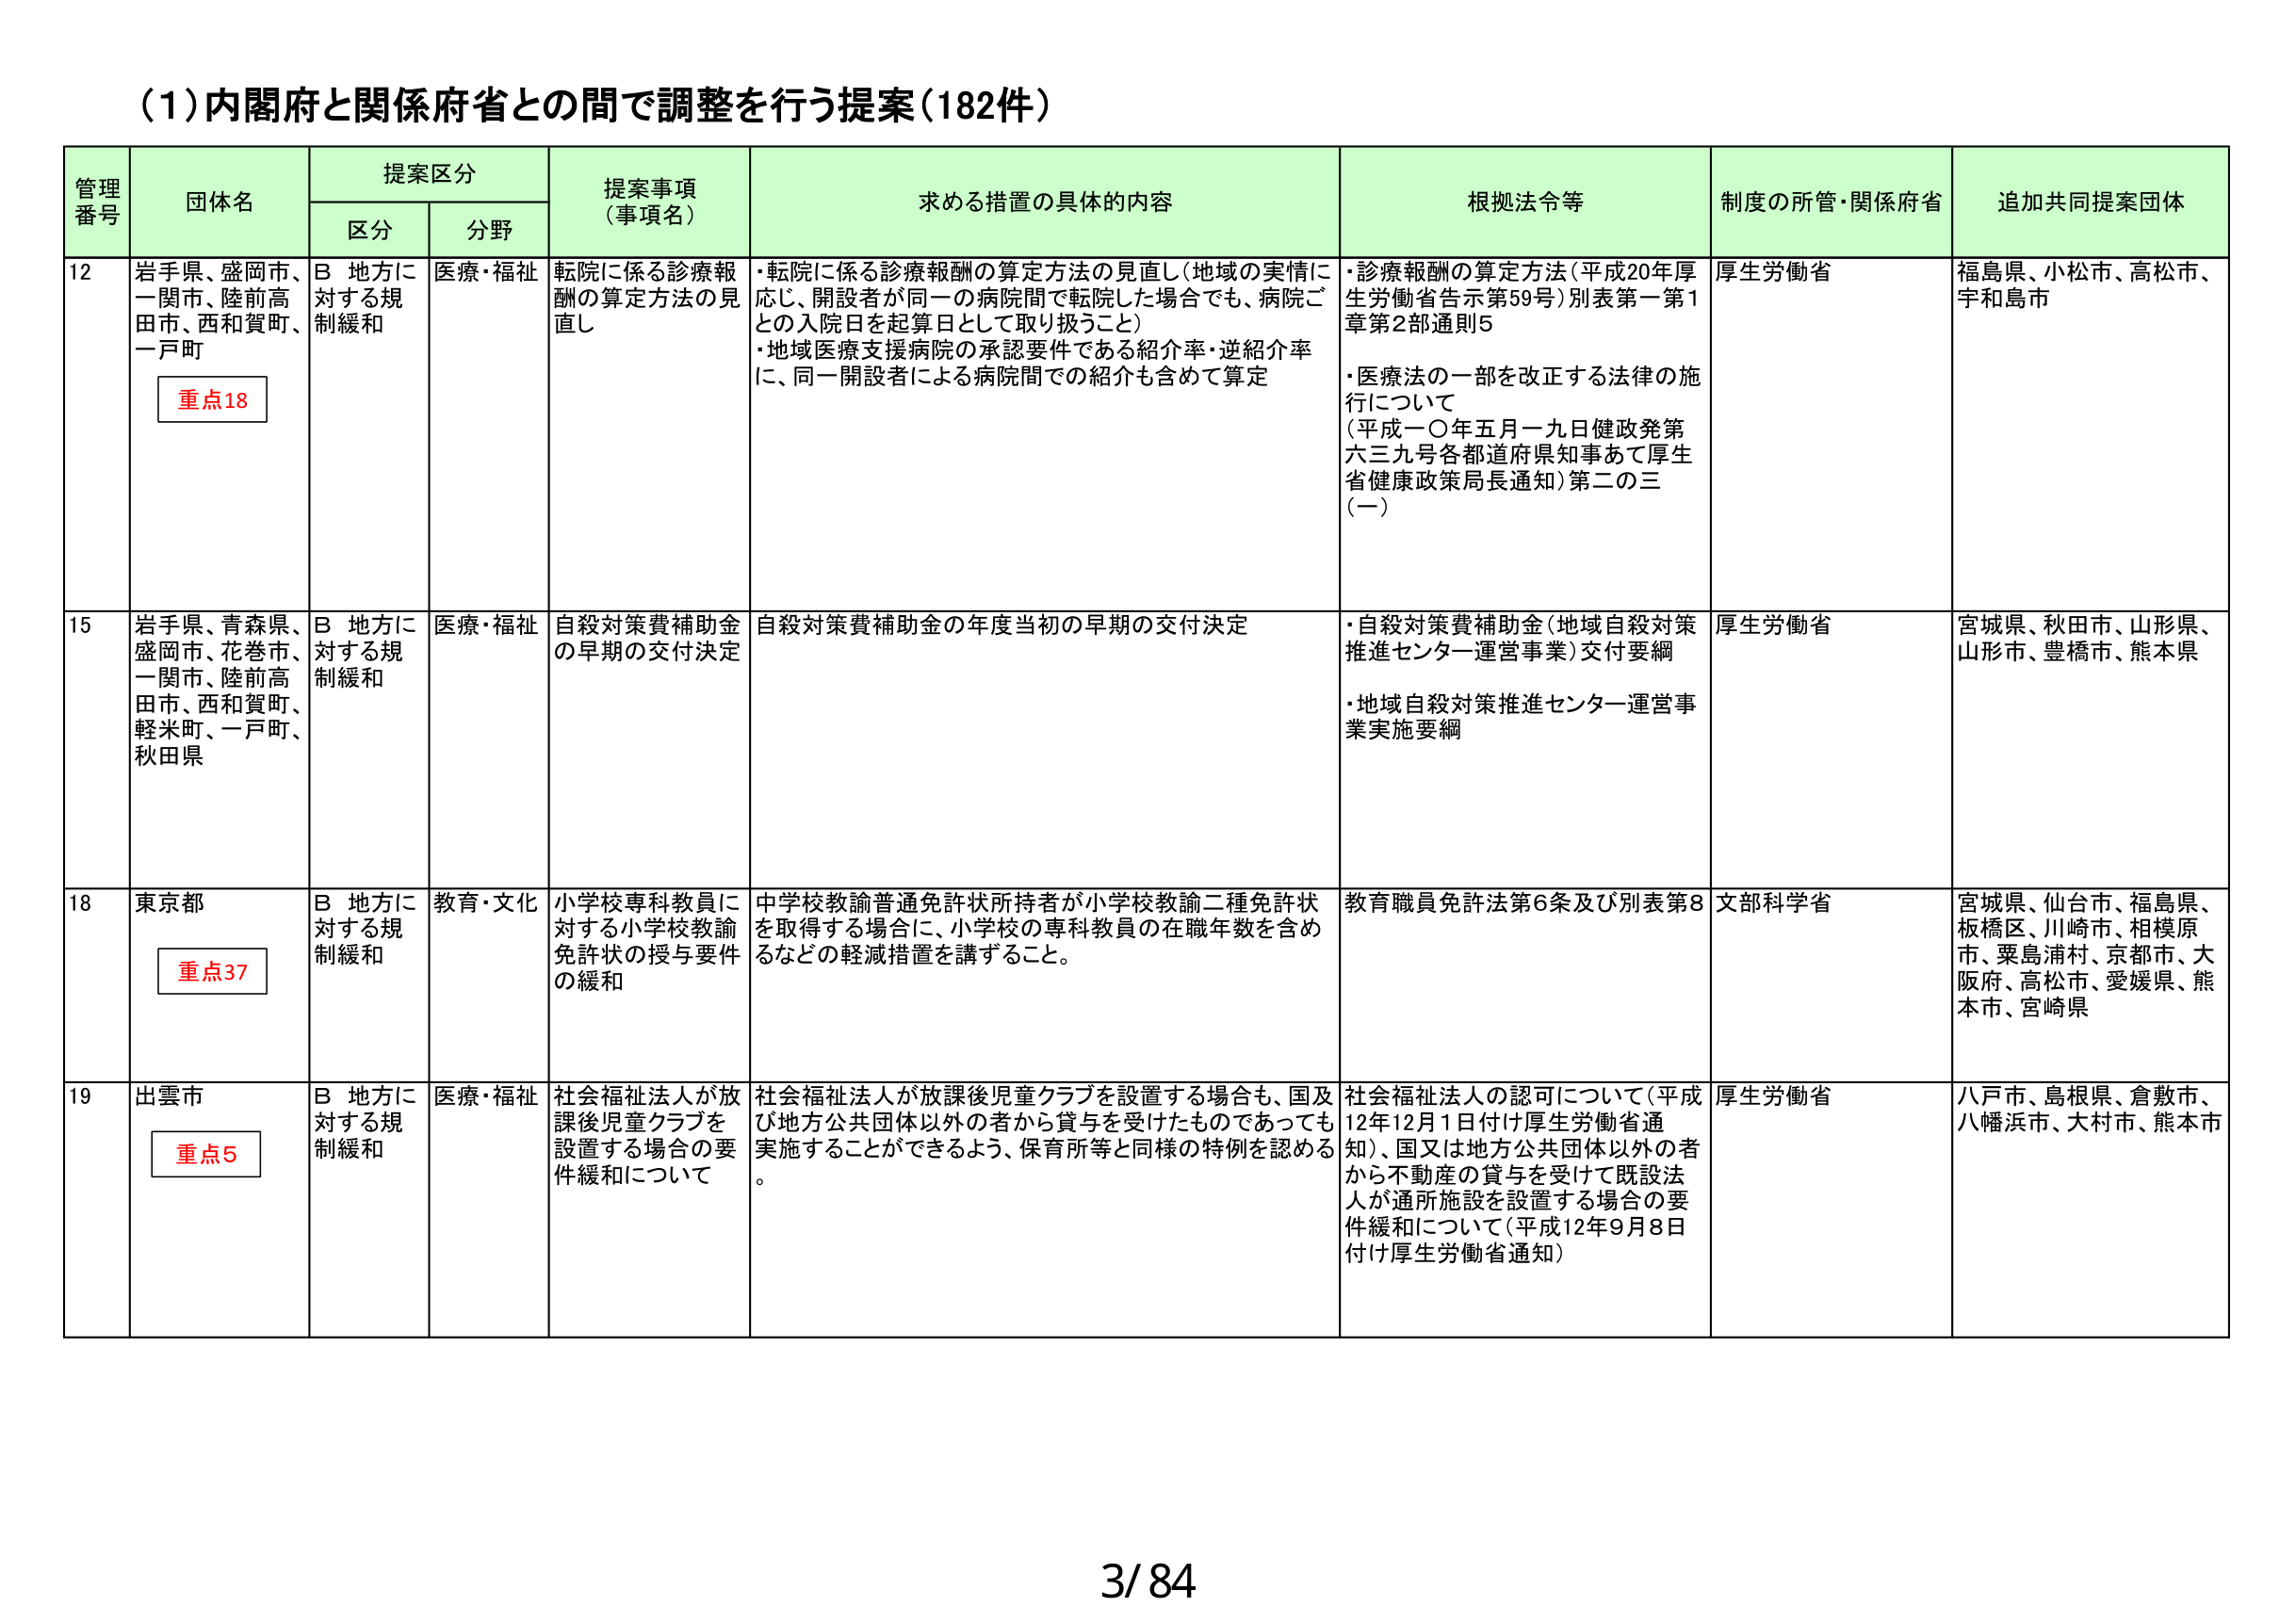
(1)内閣府と関係府省との間で調整を行う提案(182件)

管理番号 団体名 提案区分 提案事項（事項名） 求める措置の具体的内容 根拠法令等 制度の所管・関係府省 追加共同提案団体
区分 分野

12 岩手県、盛岡市、一関市、陸前高田市、西和賀町、一戸町 重点18 B 地方に対する規制緩和 医療・福祉 転院に係る診療報酬の算定方法の見直し ・転院に係る診療報酬の算定方法の見直し（地域の実情に応じ、開設者が同一の病院間で転院した場合でも、病院ごとの入院日を起算日として取り扱うこと） ・地域医療支援病院の承認要件である紹介率・逆紹介率に、同一開設者による病院間での紹介も含めて算定 ・診療報酬の算定方法（平成20年厚生労働省告示第59号）別表第一第1章第2部通則5 ・医療法の一部を改正する法律の施行について （平成一〇年五月一九日健政発第六三九号各都道府県知事あて厚生省健康政策局長通知）第二の三（一） 厚生労働省 福島県、小松市、高松市、宇和島市

15 岩手県、青森県、盛岡市、花巻市、一関市、陸前高田市、西和賀町、軽米町、一戸町、秋田県 B 地方に対する規制緩和 医療・福祉 自殺対策費補助金の早期の交付決定 自殺対策費補助金の年度当初の早期の交付決定 ・自殺対策費補助金（地域自殺対策推進センター運営事業）交付要綱 ・地域自殺対策推進センター運営事業実施要綱 厚生労働省 宮城県、秋田市、山形県、山形市、豊橋市、熊本県

18 東京都 重点37 B 地方に対する規制緩和 教育・文化 小学校専科教員に対する小学校教諭免許状の授与要件の緩和 中学校教諭普通免許状所持者が小学校教諭二種免許状を取得する場合に、小学校の専科教員の在職年数を含めるなどの軽減措置を講ずること。 教育職員免許法第6条及び別表第8 文部科学省 宮城県、仙台市、福島県、板橋区、川崎市、相模原市、粟島浦村、京都市、大阪府、高松市、愛媛県、熊本市、宮崎県

19 出雲市 重点5 B 地方に対する規制緩和 医療・福祉 社会福祉法人が放課後児童クラブを設置する場合の要件緩和について 社会福祉法人が放課後児童クラブを設置する場合も、国及び地方公共団体以外の者から貸与を受けたものであっても実施することができるよう、保育所等と同様の特例を認める。 社会福祉法人の認可について（平成12年12月1日付け厚生労働省通知）、国又は地方公共団体以外の者から不動産の貸与を受けて既設法人が通所施設を設置する場合の要件緩和について（平成12年9月8日付け厚生労働省通知） 厚生労働省 八戸市、島根県、倉敷市、八幡浜市、大村市、熊本市

3/84